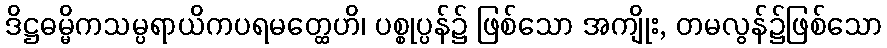
ဒိဋ္ဌဓမ္မိကသမ္ပရာယိကပရမတ္ထေဟိ၊ ပစ္စုပ္ပန်၌ ဖြစ်သော အကျိုး, တမလွန်၌ဖြစ်သော